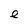
Character: e